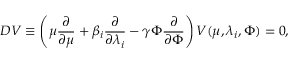
D V \equiv \left( \mu \frac { \partial } { \partial \mu } + \beta _ { i } \frac { \partial } { \partial \lambda _ { i } } - \gamma \Phi \frac { \partial } { \partial \Phi } \right) V ( \mu , \lambda _ { i } , \Phi ) = 0 ,